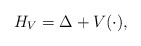
\begin{align*}H_{V}= \Delta + V(\cdot),\end{align*}